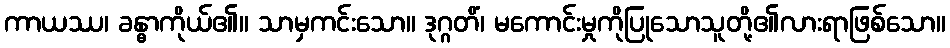
ကာယဿ၊ ခန္ဓာကိုယ်၏။ သာမှကင်းသော။ ဒုဂ္ဂတိံ၊ မကောင်းမှုကိုပြုသောသူတို့၏လားရာဖြစ်သော။